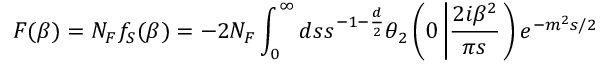
F ( \beta ) = N _ { F } f _ { S } ( \beta ) = - 2 N _ { F } \int _ { 0 } ^ { \infty } d s s ^ { - 1 - \frac { d } { 2 } } \theta _ { 2 } \left( 0 \left| \frac { 2 i \beta ^ { 2 } } { \pi s } \right. \right) e ^ { - m ^ { 2 } s / 2 }